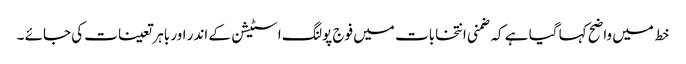
خط میں واضح کہا گیا ہے کہ ضمنی انتخابات میں فوج پولنگ اسٹیشن کے اندر اور باہر تعینات کی جائے ۔